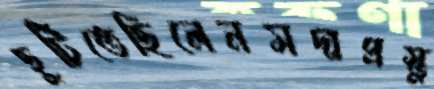
ছুটিতেছিলেনসদাপ্রস্তু